画像に写った文字を読んでください
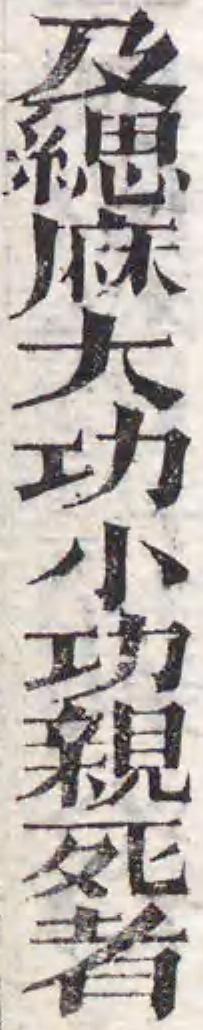
「及緦麻大功小功親死者」と書いてあります